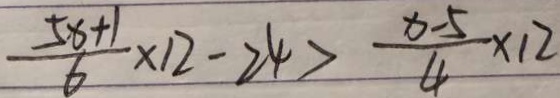
\frac { 5 x + 1 } { 6 } \times 1 2 - 2 4 > \frac { x - 5 } { 4 } \times 1 2